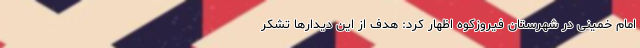
امام خمینی در شهرستان فیروزکوه اظهار کرد: هدف از این دیدارها تشکر